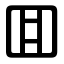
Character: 囬